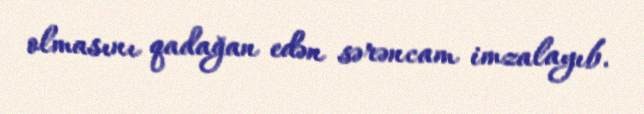
olmasını qadağan edən sərəncam imzalayıb.